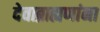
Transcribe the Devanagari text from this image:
देवाब्राह्मणांना